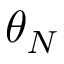
\theta _ { N }